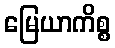
မြေယာကိစ္စ